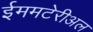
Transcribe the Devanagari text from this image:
ईममटेरीअल